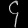
Digit: ၄